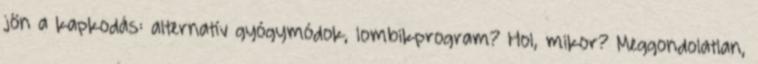
jön a kapkodás: alternatív gyógymódok, lombikprogram? Hol, mikor? Meggondolatlan,